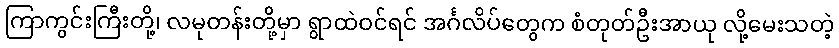
ကြာကွင်းကြီးတို့၊ လမုတန်းတို့မှာ ရွာထဲဝင်ရင် အင်္ဂလိပ်တွေက စံတုတ်ဦးအာယု လို့မေးသတဲ့